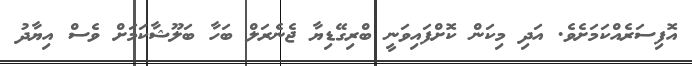
އޮފިސަރެއްކަމަށެވެ. އަދި މިކަން ކޮށްފައިވަނީ ބްރިގޭޑިޔާ ޖެނެރަލް ބަހާ ބަލޫޝާކަމަށް ވެސް އިޔާދު